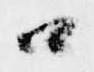
口